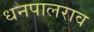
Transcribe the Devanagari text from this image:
धनपालराव